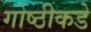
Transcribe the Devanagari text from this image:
गोष्ठीकडे